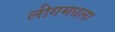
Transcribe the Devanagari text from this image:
लीगमधला